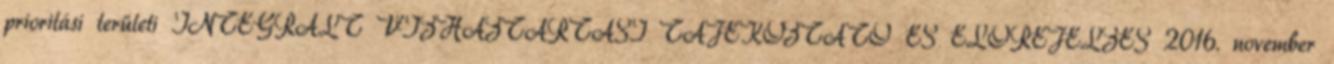
prioritási területi INTEGRÁLT VÍZHÁZTARTÁSI TÁJÉKOZTATÓ ÉS ELŐREJELZÉS 2016. november